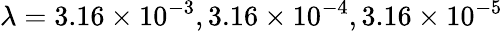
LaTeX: \lambda=3.16\times 10^{-3},3.16\times 10^{-4},3.16\times 10^{-5}